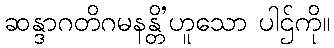
ဆန္ဒာဂတိဂမနန္တိ’ဟူသော ပါဌ်ကို။